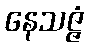
နေသဇ္ဇံ